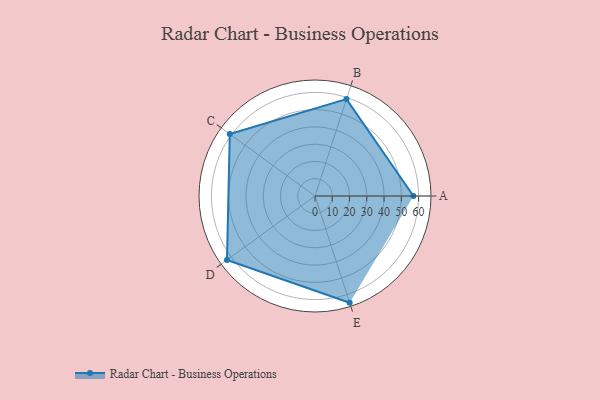
{"axis": {"x": "Skill", "y": "Score"}, "legend": ["Profile"], "data": [{"x": "A", "y": 57.0, "type": "Profile"}, {"x": "B", "y": 59.0, "type": "Profile"}, {"x": "C", "y": 61.0, "type": "Profile"}, {"x": "D", "y": 63.0, "type": "Profile"}, {"x": "E", "y": 65.0, "type": "Profile"}]}